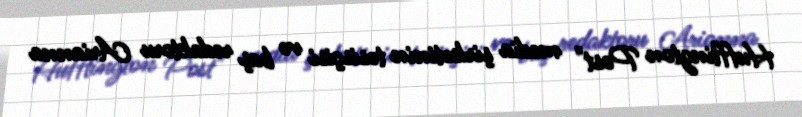
Hufftington Post" media şirkətinin təsisçisi və baş redaktoru Arianna